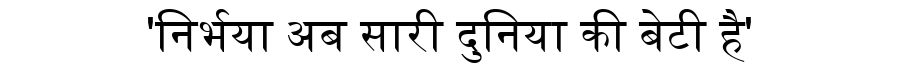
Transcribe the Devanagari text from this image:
'निर्भया अब सारी दुनिया की बेटी है'